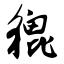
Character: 貔